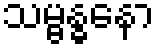
သမ္ဗန္ဓနော